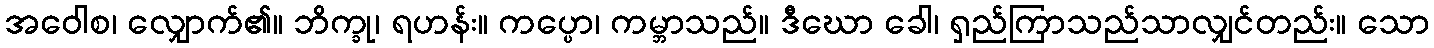
အဝေါစ၊ လျှောက်၏။ ဘိက္ခု၊ ရဟန်း။ ကပ္ပော၊ ကမ္ဘာသည်။ ဒီဃော ခေါ၊ ရှည်ကြာသည်သာလျှင်တည်း။ သော